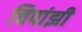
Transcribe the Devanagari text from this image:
चिपांझी